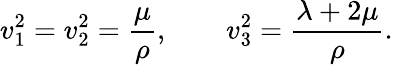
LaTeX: v_{1}^{2}=v_{2}^{2}=\frac\mu\rho,\qquad v_{3}^{2}=\frac{\lambda+2\mu}\rho.